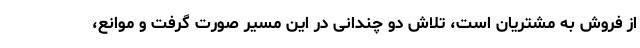
از فروش به مشتریان است، تلاش‌ دو چندانی در این مسیر صورت گرفت و موانع،